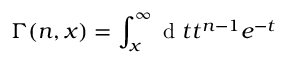
\Gamma ( n , x ) = \int _ { x } ^ { \infty } \mathrm { ~ d ~ } t t ^ { n - 1 } e ^ { - t }